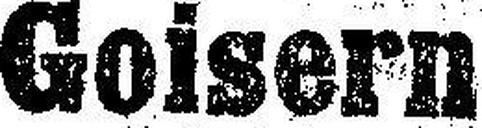
Goisern